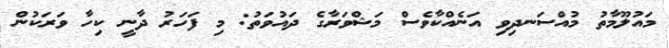
މައުލޫމާތު މުއްސަނދިވި އަނެއްކާވެސް މަޝްވަރާގެ ދައުވަތު: މި ފަހަރު ދާނީ ކިހާ ވަރަކުން